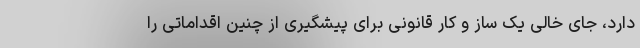
دارد، جای خالی یک ساز و کار قانونی برای پیشگیری از چنین اقداماتی را